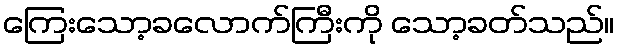
ကြေးသော့ခလောက်ကြီးကို သော့ခတ်သည်။